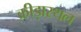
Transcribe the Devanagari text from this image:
क्रीड़ास्‍थल